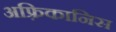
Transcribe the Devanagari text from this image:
अफ़्रिकानिस